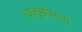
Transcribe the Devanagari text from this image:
चातुर्मासाचे